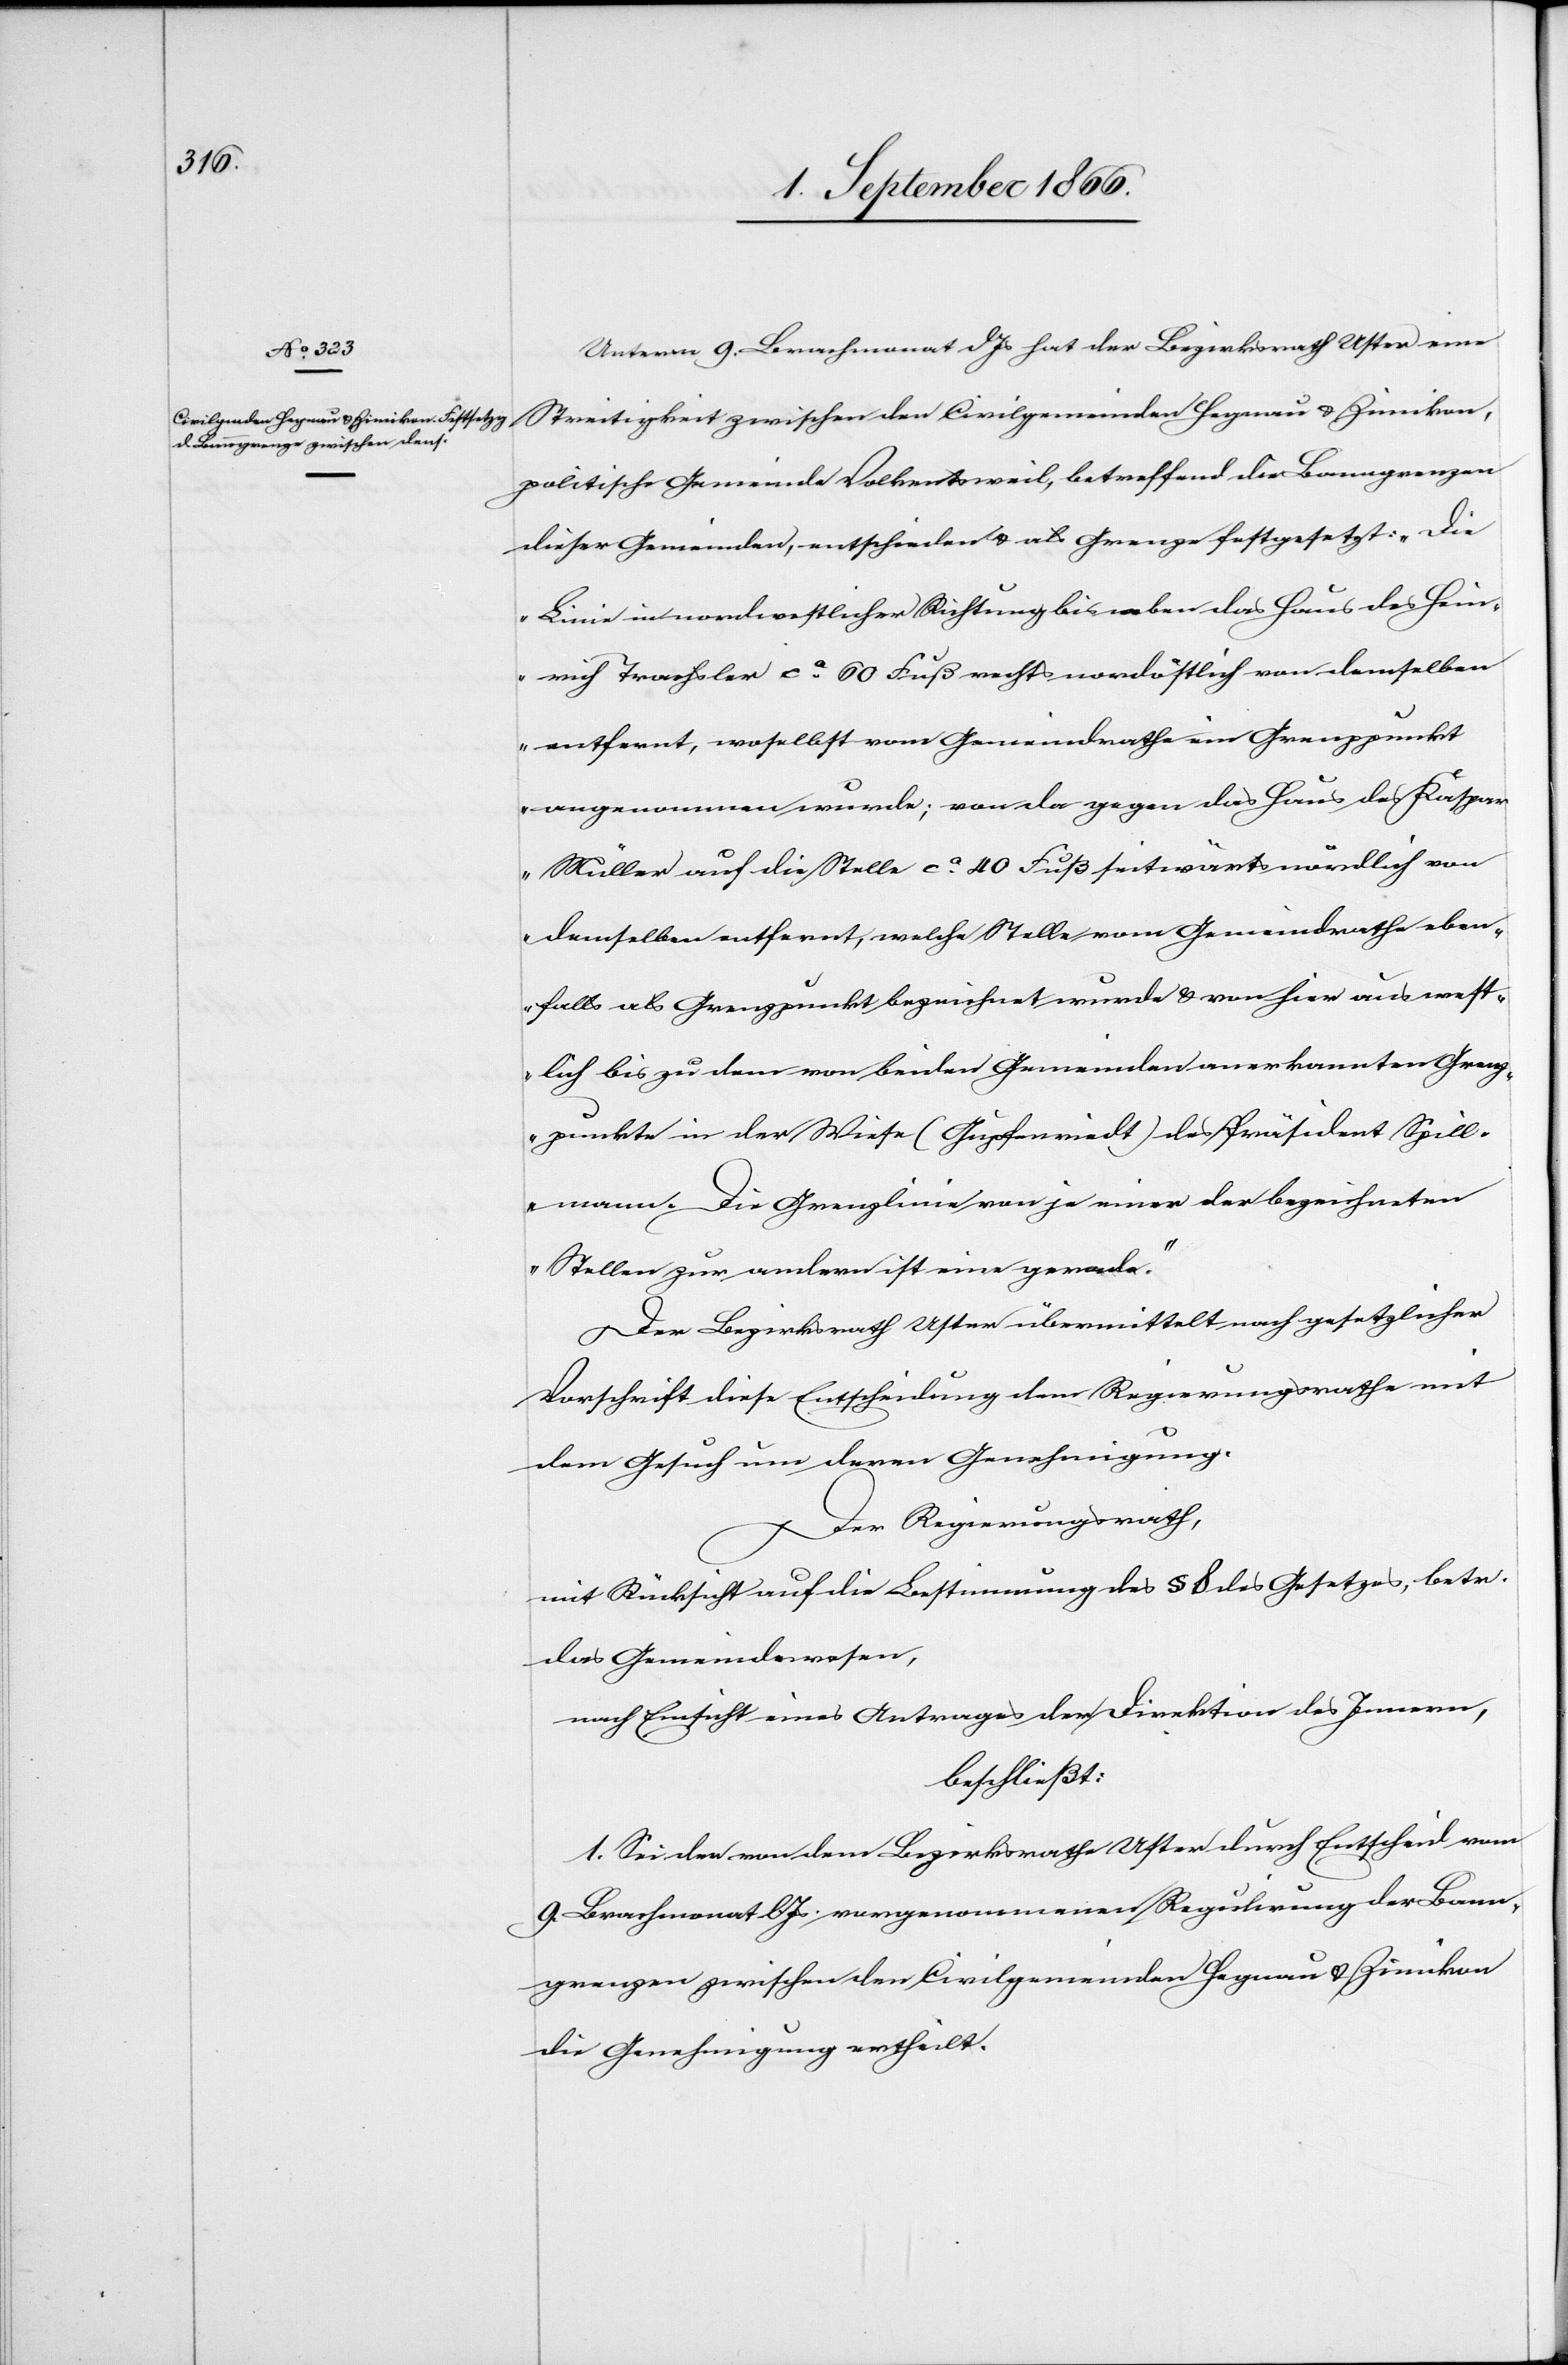
Unterm 9. Brachmonat dJs hat der Bezirksrath Uster eine
Streitigkeit zwischen den Civilgemeinden Hagenau u. Zimikon,
politische Gemeinde Volkentsweil, betreffend die Banngrenzen
dieser Gemeinden, entschieden u. als Grenze festgesetzt: „Die
Linie in nordwestlicher Richtung bis neben das Haus des Hein¬
rich Trachsler ca. 60 Fuß rechts nordöstlich von demselben
entfernt, woselbst vom Gemeindrathe ein Grenzpunkt
angenommen wurde; von da gegen das Haus des Kaspar
Müller auf die Stelle ca. 40 Fuß seitwärts nördlich von
demselben entfernt, welche Stelle vom Gemeindrathe eben¬
falls als Grenzpunkt bezeichnet wurde u. von hier aus west¬
lich bis zu dem von beiden Gemeinden anerkannten Grenz¬
punkte in der Wiese (Gupfenriedt) des Präsident Spill¬
mann. Die Grenzlinie von je einer der bezeichneten
Stellen zur andern ist eine gerade.“
Der Bezirksrath Uster übermittelt nach gesetzlicher
Vorschrift diese Entscheidung dem Regierungsrathe mit
dem Gesuch um deren Genehmigung.
Der Regierungsrath,
mit Rücksicht auf die Bestimmung des § 8 des Gesetzes, betr.
das Gemeindewesen,
nach Einsicht eines Antrages der Direktion des Innern,
beschließt:
1. Sei der von dem Bezirksrathe Uster durch Entscheid vom
9. Brachmonat lJs. vorgenommenen Regulirung der Bann¬
grenze zwischen den Civilgemeinden Hagenau u. Zimikon
die Genehmigung ertheilt.